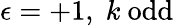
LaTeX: \epsilon=+1,\; k\mathrm{~odd}